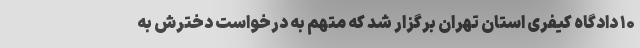
۱۰ دادگاه کیفری استان تهران برگزار شد که متهم به درخواست دخترش به